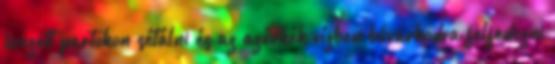
övezett partokon sétálni és az azúrkék vízben búvárkodva felfedezni